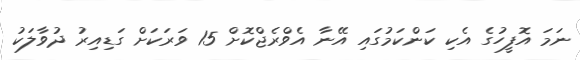
ނަމަ އޮފީހުގެ އެކި ކަންކަމުގައި އޭނާ އެވްރެޖްކޮށް 15 ވަރަކަށް ގަޑިއިރު ދުވާލަކު